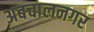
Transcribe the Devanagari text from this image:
अबचालनगर